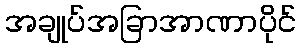
အချုပ်အခြာအာဏာပိုင်